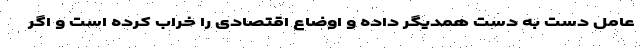
عامل دست به دست همدیگر داده و اوضاع اقتصادی را خراب کرده است و اگر